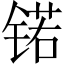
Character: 锘